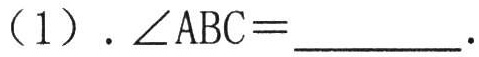
（1）. $\angle ABC = \underline{\quad\quad}$.